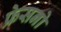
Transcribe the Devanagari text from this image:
फ्रेसनो